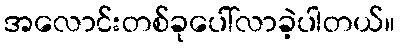
အလောင်းတစ်ခုပေါ်လာခဲ့ပါတယ်။